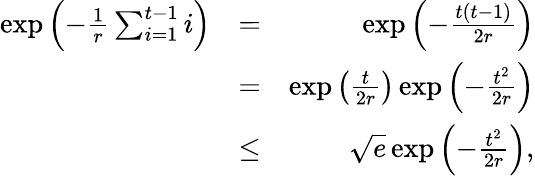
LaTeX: \begin{array}{rlr}{\exp\left(-\frac{1}{r}\sum_{i=1}^{t-1}i\right)}&{=}&{\exp\left(-\frac{t(t-1)}{2r}\right)}\\ &{=}&{\exp\left(\frac{t}{2r}\right)\exp\left(-\frac{t^{2}}{2r}\right)}\\ &{\leq}&{\sqrt{e}\exp\left(-\frac{t^{2}}{2r}\right),}\end{array}